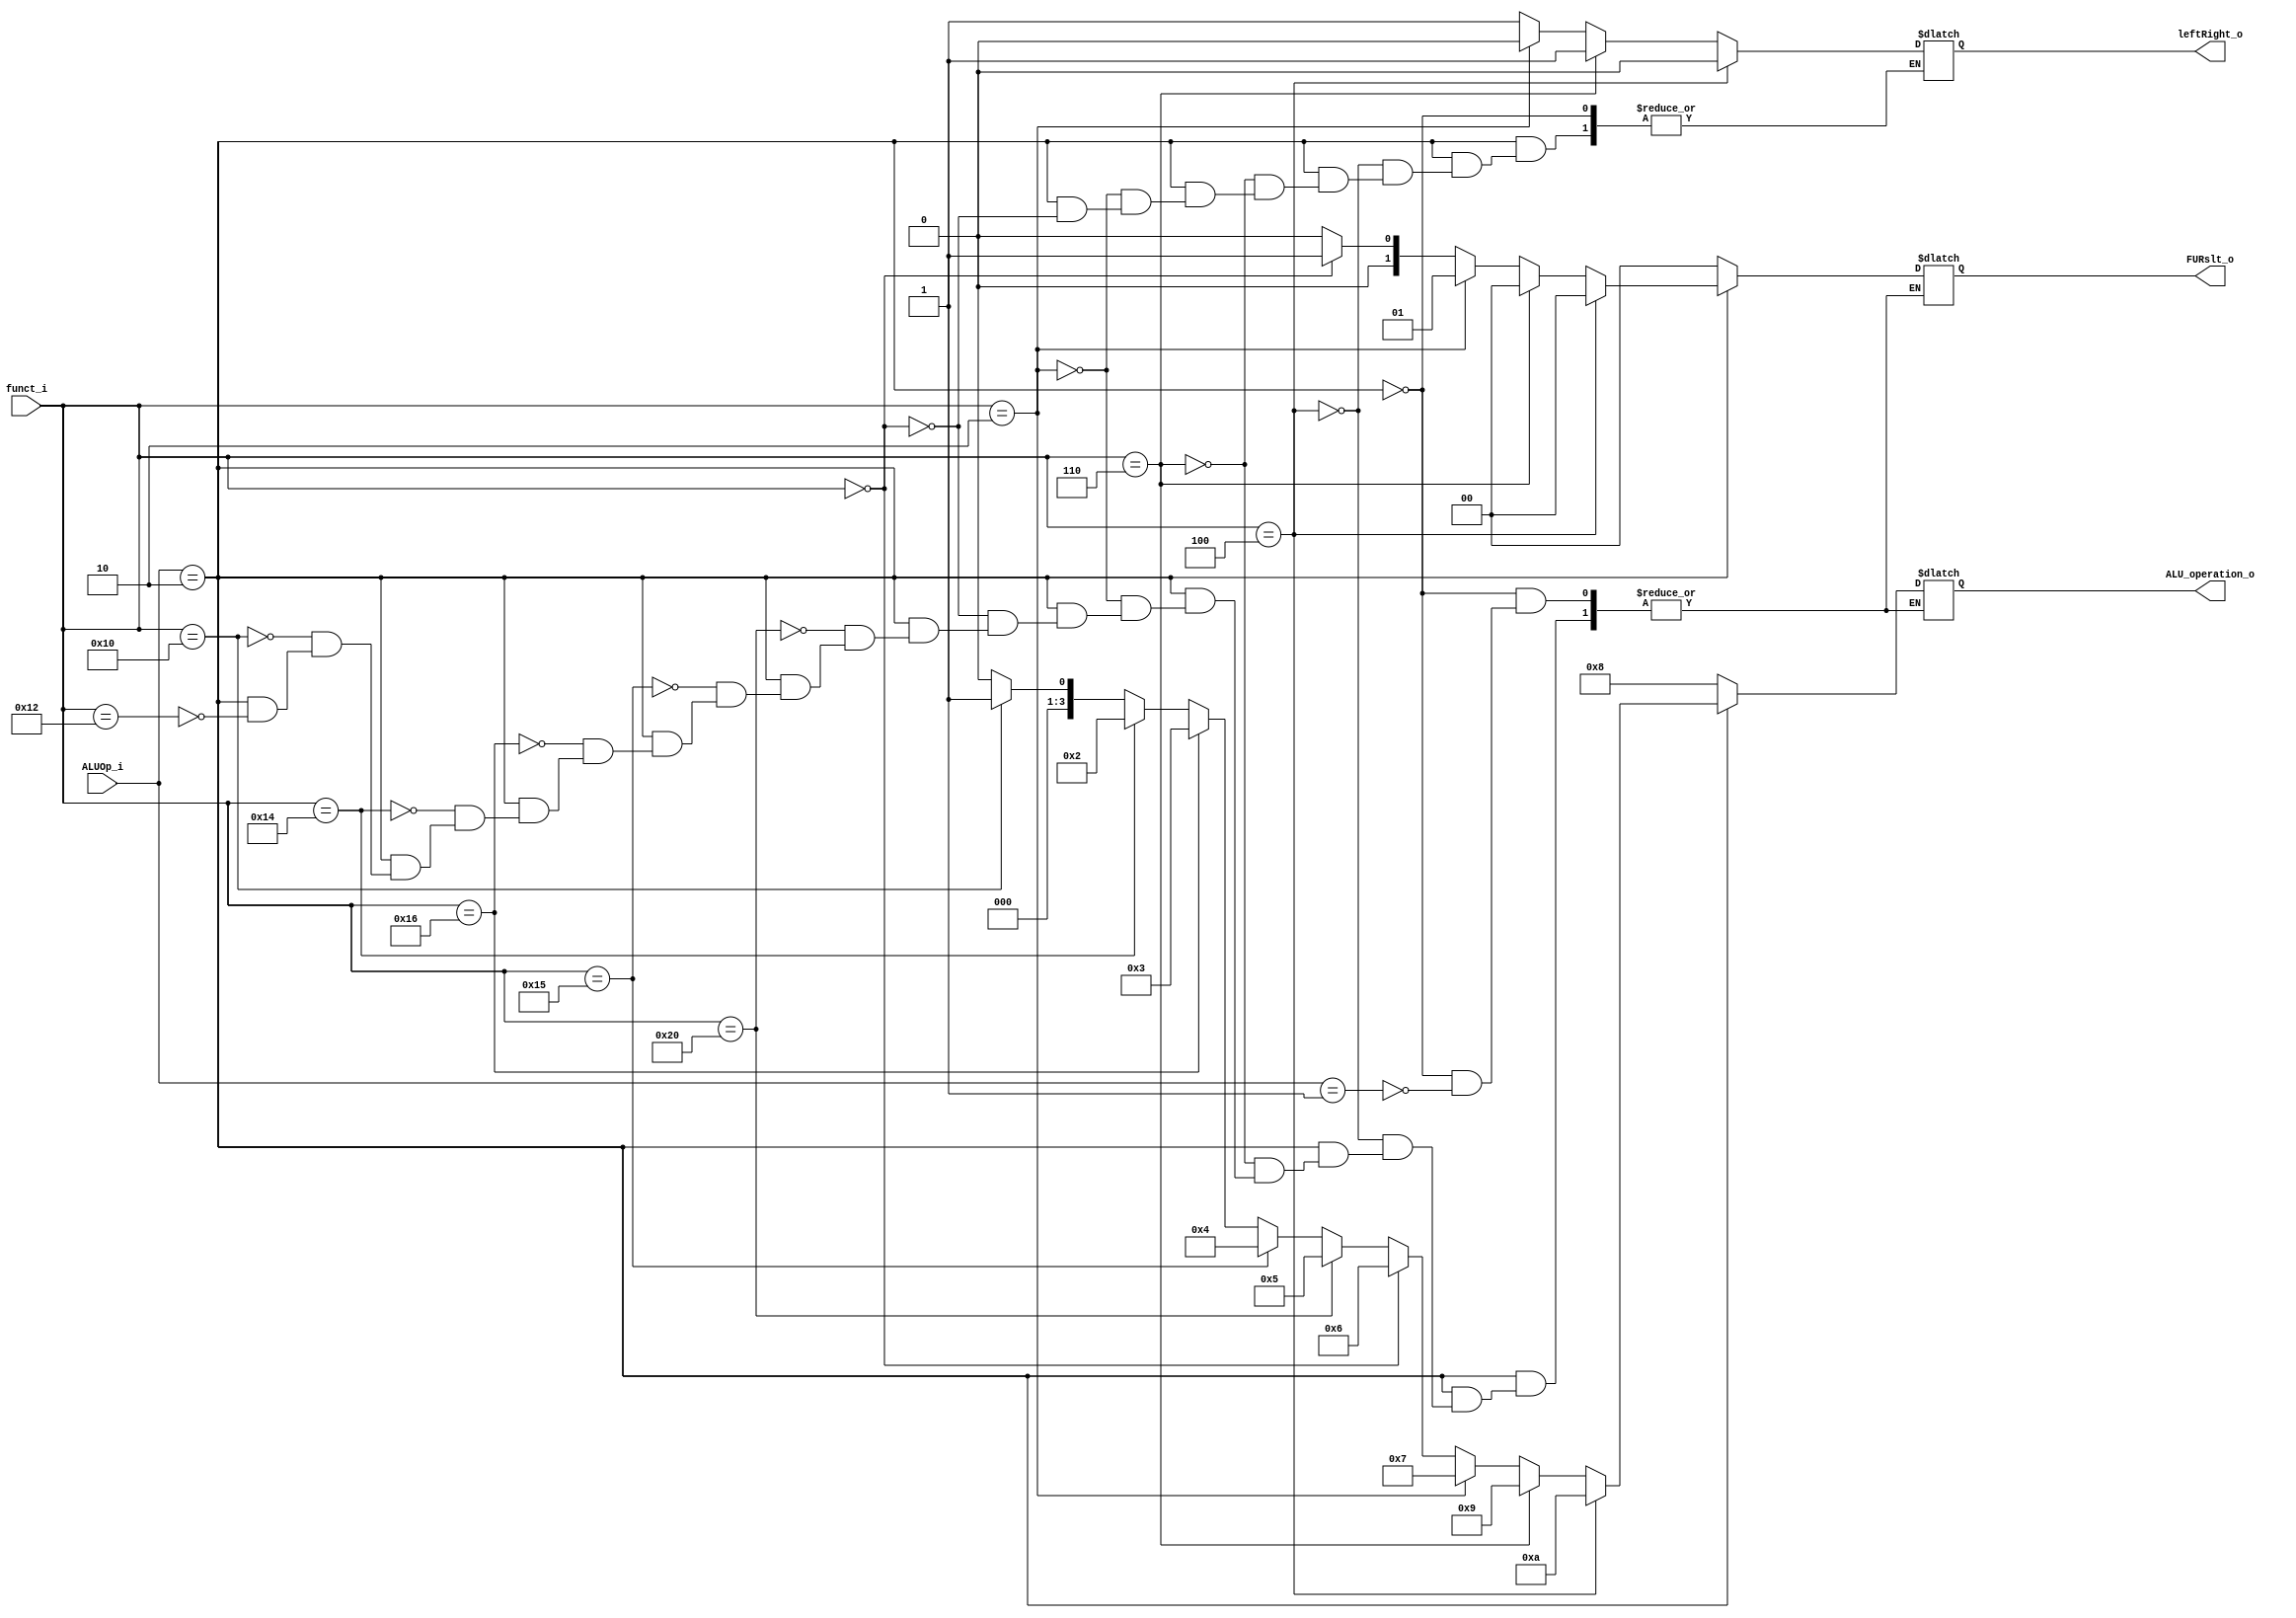
module ALU_Ctrl( funct_i, ALUOp_i, ALU_operation_o, leftRight_o, FURslt_o);

//I/O ports 
input      [6-1:0] funct_i;
input      [3-1:0] ALUOp_i;

output     [4-1:0] ALU_operation_o;
output	   leftRight_o;
output     [2-1:0] FURslt_o;
     
//Internal Signals
wire		[4-1:0] ALU_operation_o;
wire		leftRight_o;
wire		[2-1:0] FURslt_o;

//Main function
/*your code here*/
reg 		[4-1:0] alu_operation;
reg		LR;
reg			[2-1:0] furslt;
always@(*) begin
if(ALUOp_i == 3'b010) begin
	if(funct_i == 6'b010010) begin
		alu_operation = 4'b0000; //ADD
		furslt = 2'b00;
	end
	if(funct_i == 6'b010000) begin
		alu_operation = 4'b0001; //SUB
		furslt = 2'b00;
	end 
	if(funct_i == 6'b010100) begin
		alu_operation = 4'b0010; //AND
		furslt = 2'b00;
	end 
	if(funct_i == 6'b010110) begin
		alu_operation = 4'b0011; //OR
		furslt = 2'b00;
	end
	if(funct_i == 6'b010101) begin
		alu_operation = 4'b0100; //NOR
		furslt = 2'b00;
	end 
	if(funct_i == 6'b100000) begin
		alu_operation = 4'b0101; //SLT
		furslt = 2'b00;
	end 
	if(funct_i == 6'b000000) begin
		alu_operation = 4'b0110; //SLL
		LR = 1;
		furslt = 2'b01;
	end 
	if(funct_i == 6'b000010) begin
		alu_operation = 4'b0111; //SRL
		LR = 0;
		furslt = 2'b01;
	end
	if(funct_i == 6'b000110) begin
		alu_operation = 4'b1001; //SRLV
		LR = 1;
		furslt = 2'b00;
	end
	if(funct_i == 6'b000100) begin
		alu_operation = 4'b1010; //SLLV
		LR = 0;
		furslt = 2'b00;
	end
end
else if(ALUOp_i == 3'b001) begin	
	alu_operation = 4'b1000; //ADDI
	furslt = 2'b00;
end
end

assign ALU_operation_o = alu_operation;
assign leftRight_o = LR;
assign FURslt_o = furslt;

endmodule